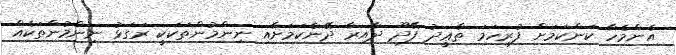
އެންމެހާ ކަންކަމަށް ފުރިހަމަ ތާޢީދު ފޭދޫ ދާއިރާ ދޭނެކަމަށާއި ނިންމުންތަކަކީ ރަގަޅު ނިންމުންތަކެއް